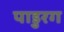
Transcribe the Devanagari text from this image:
पाडुरग